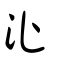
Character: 沚